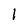
Character: l